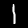
Digit: 1